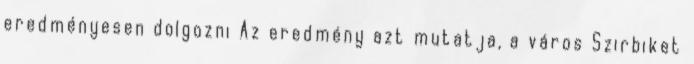
eredményesen dolgozni Az eredmény azt mutatja, a város Szirbiket